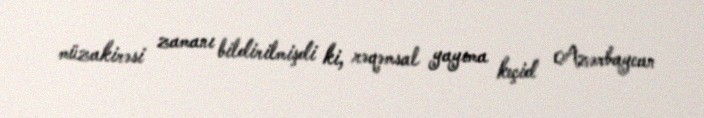
müzakirəsi zamanı bildirilmişdi ki, rəqəmsal yayıma keçid Azərbaycan